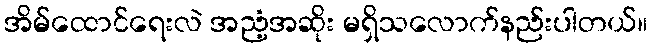
အိမ်ထောင်ရေးလဲ အညံ့အဆိုး မရှိသလောက်နည်းပါတယ်။